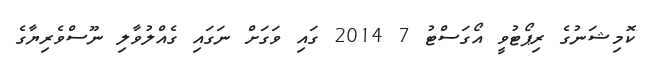
ކޮމިޝަނުގެ ރިޕޯޓުވީ އޯގަސްޓު 7 2014 ގައި ވަގަށް ނަގައި ގެއްލުވާލި ނޫސްވެރިޔާގެ